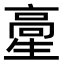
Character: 𩫍